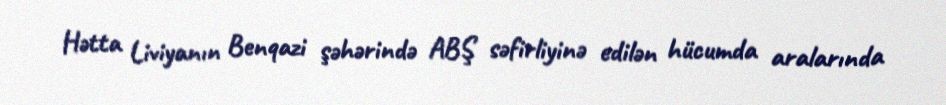
Hətta Liviyanın Benqazi şəhərində ABŞ səfirliyinə edilən hücumda aralarında